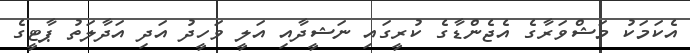
އެކަމަކު މަޝްވަރާގެ އެޖެންޑާގެ ކުރީގައި ނަޝީދާއި އަލީ ވަހީދު އަދި އަދާލަތު ޕާޓީގެ